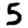
Digit: 5